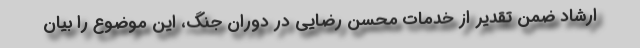
ارشاد ضمن تقدیر از خدمات محسن رضایی در دوران جنگ، این موضوع را بیان